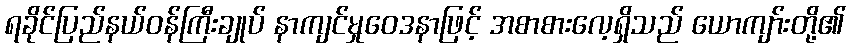
ရခိုင်ပြည်နယ်ဝန်ကြီးချုပ် နာကျင်မှုဝေဒနာဖြင့် အစာစားလေ့ရှိသည် ယောကျာ်းတို့၏